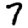
Digit: 7